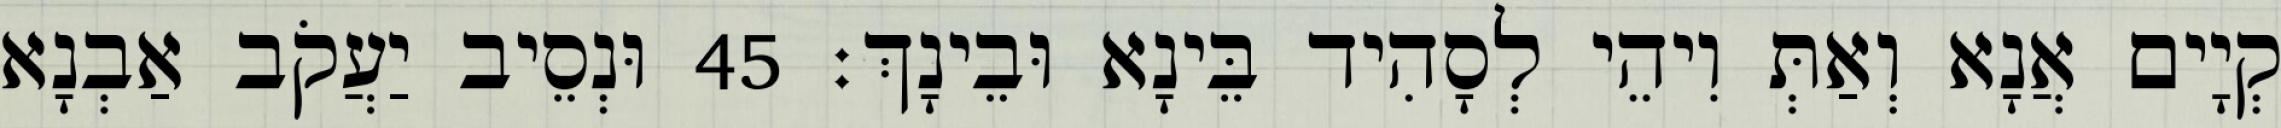
קְיָים אֲנָא וְאַתְּ וִיהֵי לְסָהִיד בֵּינָא וּבֵינָךְ׃ 45 וּנְסֵיב יַעֲקֹב אַבְנָא